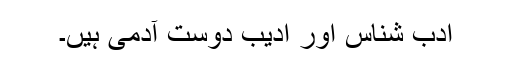
ادب شناس اور ادیب دوست آدمی ہیں۔